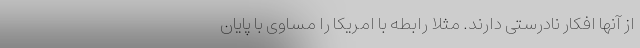
از آنها افکار نادرستی دارند. مثلاً رابطه با امریکا را مساوی با پایان